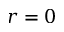
r = 0